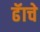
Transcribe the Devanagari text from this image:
ढॅाचे